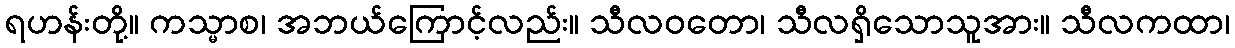
ရဟန်းတို့။ ကသ္မာစ၊ အဘယ်ကြောင့်လည်း။ သီလဝတော၊ သီလရှိသောသူအား။ သီလကထာ၊